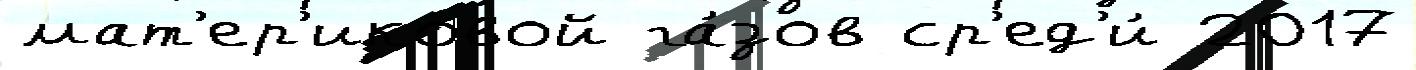
мат'ер'иковой га́зов ср'ед'и́ 2017